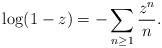
LaTeX: \begin{align*}\log(1-z)=-\sum_{n\ge1}\frac{z^{n}}{n}.\end{align*}